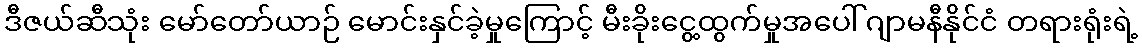
ဒီဇယ်ဆီသုံး မော်တော်ယာဉ် မောင်းနှင်ခဲ့မှုကြောင့် မီးခိုးငွေ့ထွက်မှုအပေါ် ဂျာမနီနိုင်ငံ တရားရုံးရဲ့